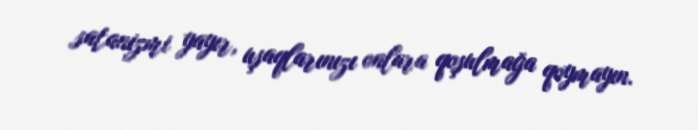
satanizmi yayır, uşaqlarınızı onlara qoşulmağa qoymayın.